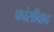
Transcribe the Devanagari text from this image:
फांसीवाद